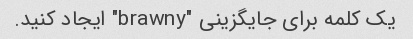
یک کلمه برای جایگزینی "brawny" ایجاد کنید.